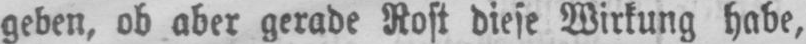
geben, ob aber gerade Rost diese Wirkung habe,